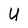
Character: U